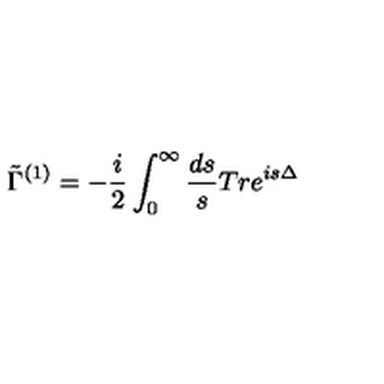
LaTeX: \tilde { \Gamma } ^ { ( 1 ) } = - \frac { i } { 2 } \int _ { 0 } ^ { \infty } \frac { d s } { s } T r e ^ { i s \Delta }